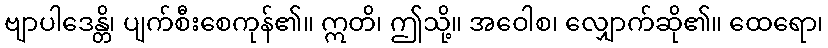
ဗျာပါဒေန္တိ၊ ပျက်စီးစေကုန်၏။ ဣတိ၊ ဤသို့။ အဝေါစ၊ လျှောက်ဆို၏။ ထေရော၊